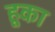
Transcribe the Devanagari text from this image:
हूका